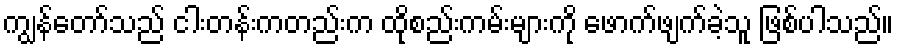
ကျွန်တော်သည် ငါးတန်းကတည်းက ထိုစည်းကမ်းများကို ဖောက်ဖျက်ခဲ့သူ ဖြစ်ပါသည်။